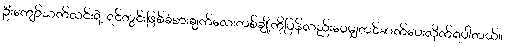
ဦးကျော်သက်လင်းရဲ့ ရင်တွင်းဖြစ်ခံစားချက်လေးတစ်ချို့ကိုပြန်လည်းဝေမျှတင်ဆက်ပေးလိုက်ရပါတယ်။